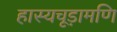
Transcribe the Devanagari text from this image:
हास्यचूड़ामणि